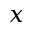
x